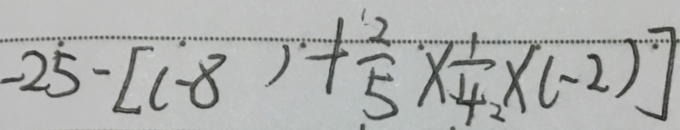
- 2 5 - [ ( - 8 ) + \frac { 2 } { 5 } \times \frac { 1 } { 4 _ { 2 } } \times ( - 2 ) ]